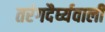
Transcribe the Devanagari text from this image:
तरंगदैर्घ्यवाली